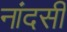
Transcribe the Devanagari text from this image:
नांदसी